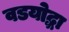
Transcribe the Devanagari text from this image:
वडयोद्धा